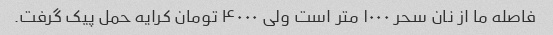
فاصله ما از نان سحر ۱۰۰۰ متر است ولی ۴۰۰۰ تومان کرایه حمل پیک گرفت.